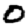
Digit: 0